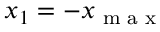
x _ { 1 } = - x _ { \textrm { m a x } }